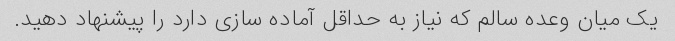
یک میان وعده سالم که نیاز به حداقل آماده سازی دارد را پیشنهاد دهید.